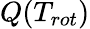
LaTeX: {Q(T_{rot})}